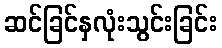
ဆင်ခြင်နှလုံးသွင်းခြင်း